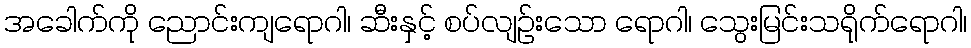
အခေါက်ကို ညောင်းကျရောဂါ၊ ဆီးနှင့် စပ်လျဉ်းသော ရောဂါ၊ သွေးမြင်းသရိုက်ရောဂါ၊